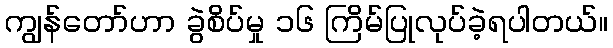
ကျွန်တော်ဟာ ခွဲစိပ်မှု ၁၆ ကြိမ်ပြုလုပ်ခဲ့ရပါတယ်။